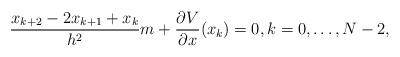
LaTeX: \begin{align*}\frac{x_{k+2}-2 x_{k+1}+x_k}{h^2}m + \frac{\partial V}{\partial x}(x_k) = 0,k = 0, \ldots, N-2,\end{align*}